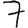
Digit: 7